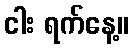
ငါး ရက်နေ့။